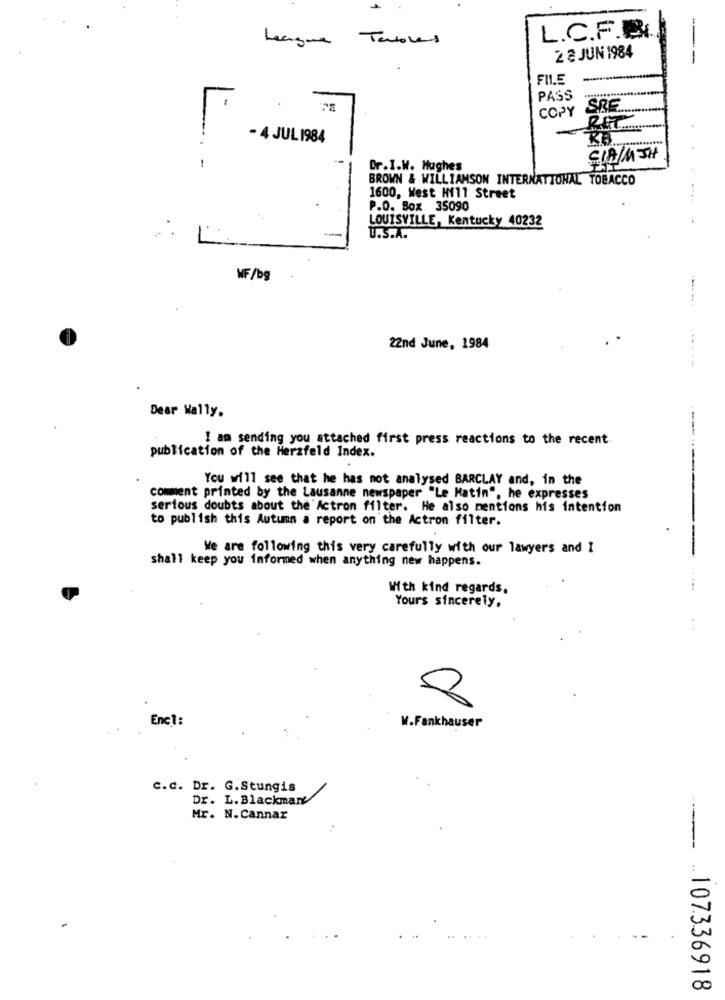
L.C.F.B.
League Tables
2 8 JUN 1984
---
PASS
COPY
SRE ..
1
- 4 JUL 1984
CIA/MTH
Dr.I.W. Hughes
BROWN & WILLIAMSON INTERNATIONAL TOBACCO
1600, West Hill Street
P.O. Box 35090
LOUISVILLE, Kentucky 40232
-
U.S.A.
WF/bg
22nd June, 1984
--- --
Dear Wally.
I am sending you attached first press reactions to the recent
publication of the Herzfeld Index.
You will see that he has not analysed BARCLAY and, in the
comment printed by the Lausanne newspaper "Le Matin", he expresses
serious doubts about the Actron filter. He also mentions his intention
to publish this Autumn a report on the Actron filter.
We are following this very carefully with our lawyers and I
shall keep you informed when anything new happens.
With kind regards,
Yours sincerely,
8
Enc1:
W.Fankhauser
C.c. Dr. G.Stungis
Dr. L. Blackman
Mr. N. Cannar
--
.107336918